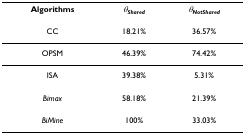
<table><thead><tr><td><b>Algorithms</b></td><td><b><i>θ</i><sub><i>Shared</i></sub></b></td><td><b><i>θ</i><sub><i>NotShared</i></sub></b></td></tr></thead><tbody><tr><td>CC</td><td>18.21%</td><td>36.57%</td></tr><tr><td>OPSM</td><td>46.39%</td><td>74.42%</td></tr><tr><td>ISA</td><td>39.38%</td><td>5.31%</td></tr><tr><td><i>Bimax</i></td><td>58.18%</td><td>21.39%</td></tr><tr><td><i>BiMine</i></td><td>100%</td><td>33.03%</td></tr></tbody></table>